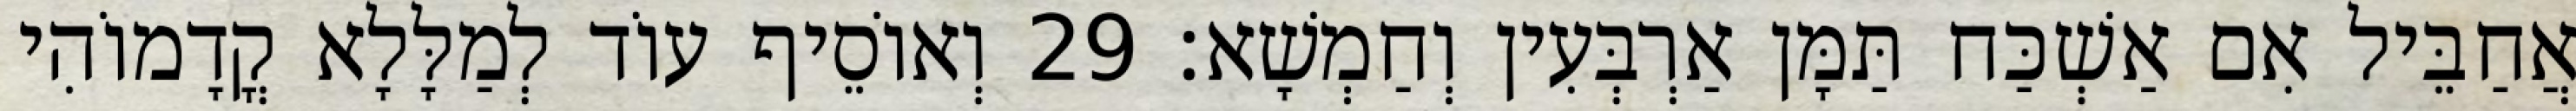
אֲחַבֵּיל אִם אַשְׁכַּח תַּמָּן אַרְבְּעִין וְחַמְשָׁא׃ 29 וְאוֹסֵיף עוֹד לְמַלָּלָא קֳדָמוֹהִי